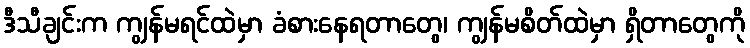
ဒီသီချင်းက ကျွန်မရင်ထဲမှာ ခံစားနေရတာတွေ၊ ကျွန်မစိတ်ထဲမှာ ရှိတာတွေကို